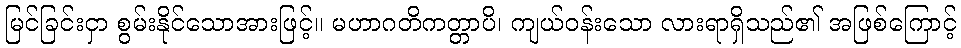
မြင်ခြင်းငှာ စွမ်းနိုင်သောအားဖြင့်။ မဟာဂတိကတ္တာပိ၊ ကျယ်ဝန်းသော လားရာရှိသည်၏ အဖြစ်ကြောင့်